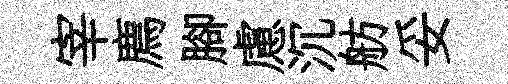
宰廌腳慮沉舫妥